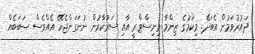
ދައުރުވަމުން އެބަދޭ. މިކަމުގެ ޒިންމާ މިނިސްޓްރީ އާއި ސަރުކާރުން ނުނަގަންޖެހޭ އެއްވެސް ސަބަބެއް